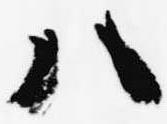
八